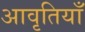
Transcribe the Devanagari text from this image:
अावृतियाँ